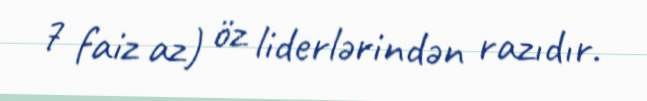
7 faiz az) öz liderlərindən razıdır.